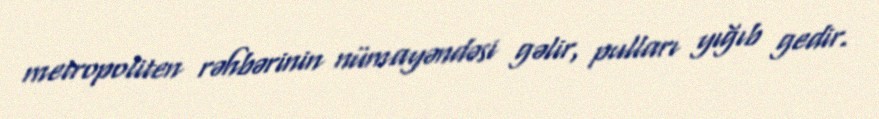
metropoliten rəhbərinin nümayəndəsi gəlir, pulları yığıb gedir.